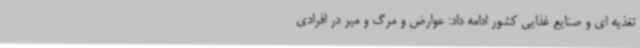
تغذیه ای و صنایع غذایی کشور ادامه داد: عوارض و مرگ و میر در افرادی